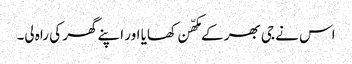
اس نے جی بھر کے مکھّن کھایا اور اپنے گھر کی راہ لی۔